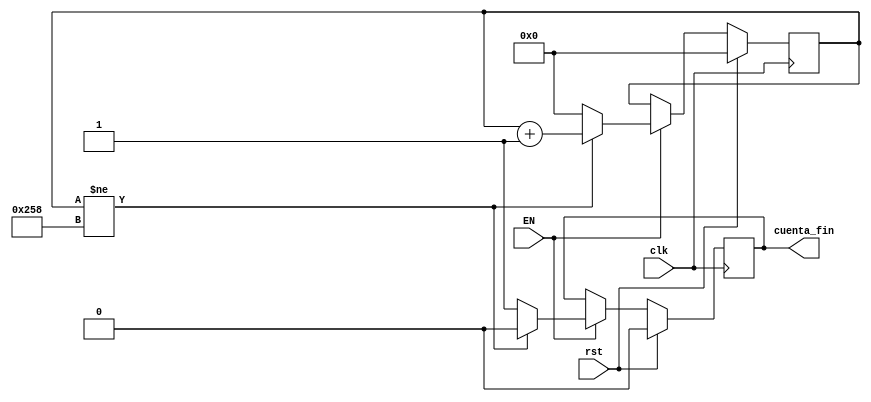
`timescale 1ns / 1ps

module Contador_IRQ(
    input clk, //Clk de 100ns T=10Mhz
	 input EN,
    input rst,
	 output reg cuenta_fin
    );

reg [9:0] out;

always@(posedge clk) begin

	if(rst)begin
		out<=0;
		cuenta_fin=0; end
	else if(EN) begin
		
	if(out!=10'd600)begin
		out<=out+10'd1;
		cuenta_fin=0; end
	else begin
		out<=0;
		cuenta_fin=1;end
	end
	end
endmodule